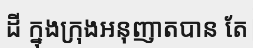
ដី ក្នុងក្រុងអនុញាតបាន តែ